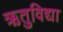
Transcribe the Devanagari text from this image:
ऋतुविद्या